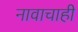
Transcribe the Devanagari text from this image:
नावाचाही